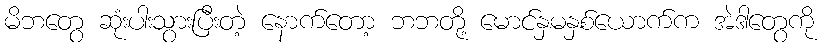
မိဘတွေ ဆုံးပါးသွားပြီးတဲ့ နောက်တော့ ဘဘတို့ မောင်နှမနှစ်ယောက်က အဲဒါတွေကို